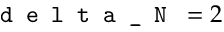
\texttt { d e l t a \_ N } = 2